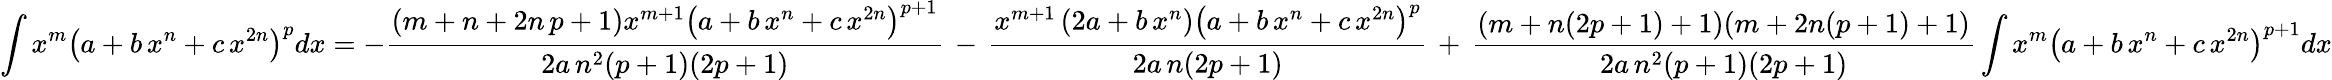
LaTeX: \int x^{m}\left(a+b\, x^{n}+c\, x^{2n}\right)^{p}dx=-{\frac{(m+n+2n\, p+1)x^{m+1}\left(a+b\, x^{n}+c\, x^{2n}\right)^{p+1}}{2a\, n^{2}(p+1)(2p+1)}}\, -\, {\frac{x^{m+1}\left(2a+b\, x^{n}\right)\left(a+b\, x^{n}+c\, x^{2n}\right)^{p}}{2a\, n(2p+1)}}\, +\, {\frac{(m+n(2p+1)+1)(m+2n(p+1)+1)}{2a\, n^{2}(p+1)(2p+1)}}\int x^{m}\left(a+b\, x^{n}+c\, x^{2n}\right)^{p+1}dx